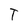
Character: T